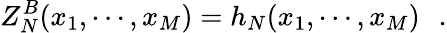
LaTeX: Z_{N}^{B}(x_{1},\cdots,x_{M})=h_{N}(x_{1},\cdots,x_{M})\, \, \, \, .